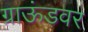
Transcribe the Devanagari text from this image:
ग्राऊंडवर